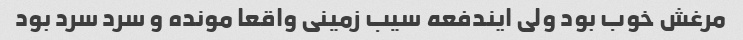
مرغش خوب بود ولی ایندفعه سیب زمینی واقعا مونده و سرد سرد بود